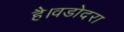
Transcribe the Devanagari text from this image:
है।वडोदरा